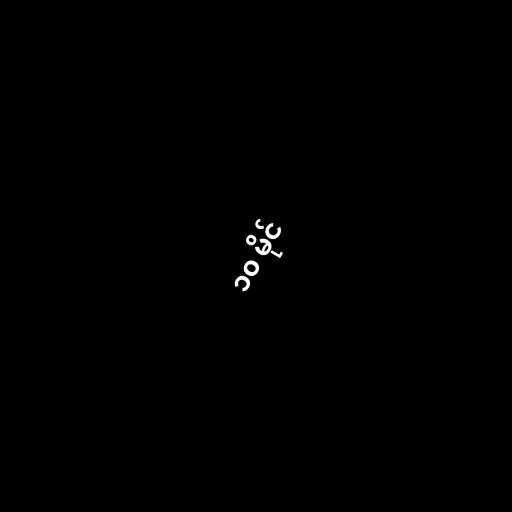
၁၀ မိုင်